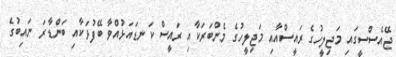
ޖޭއެސްސީގައި މަޖިލީހުގެ ރައީސްއާއި މަޖިލީހުގެ މެންބަރަކާއި ރައީސް ކަނޑައަޅުއްވާ ބޭފުޅަކާއި ބަންޑާރަ ނައިބުގެ